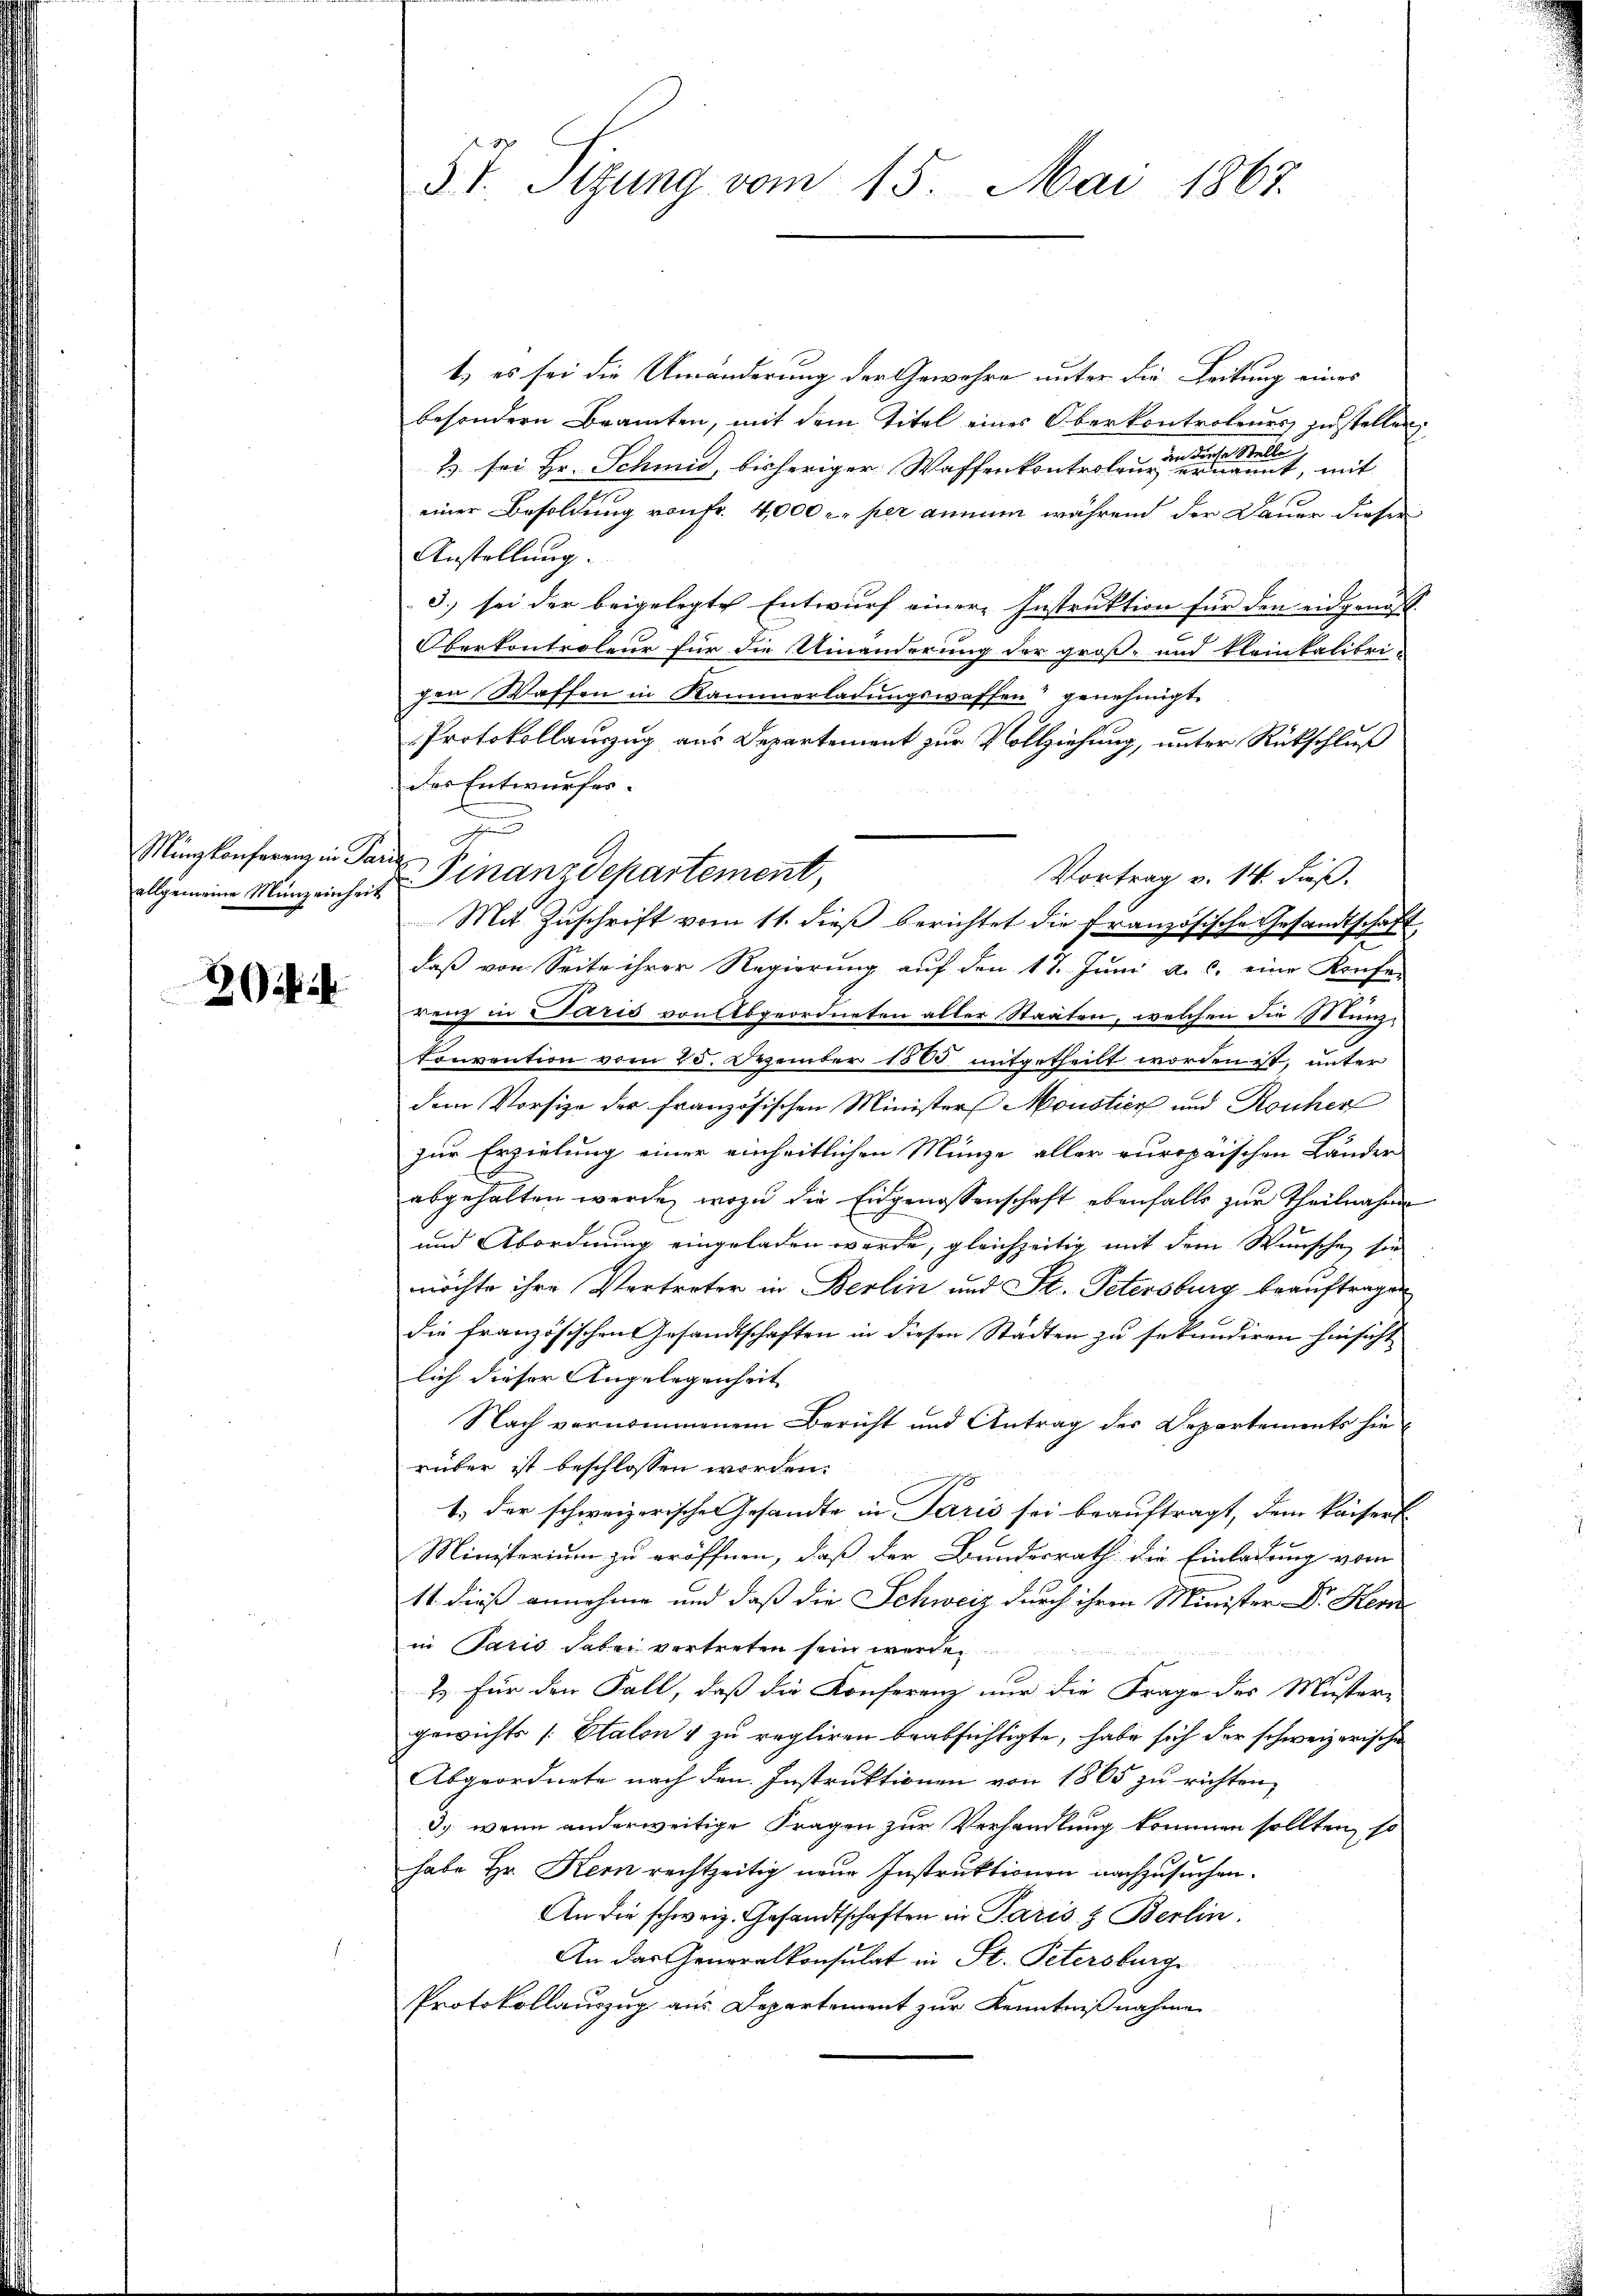
allgemeine Münz einheit

2

57. Sizung vom 15. Mai 1867.

t) es sei die Umänderung der Gewahre unter die Leitung eines
besondern Beamten, mit dem Titel eines Oberkontrolenes zustellen
2 sei Hr. Schmid, bisheriger Waffenkontroleur eine eine er einer einen mit
einer Besoldung von Fr. 4,000 r. per annum während der Dauer dieses
Anstellung.
3.) sei der beigelegte Entwurf einer Instruktion für den eidgenöss.
Oberkontroleur für die Umänderung der groß- und kleinkalibripen Waffen in Kammerladungswaffen" genehmigt.
Protokollauszug aus Departement zur Vollziehung, unter Rückschluß
des Entwurfes.
Mit Zŭschrift vom 11. dieβ berichtet die Französische Gesandtschaft
daß von Seite ihrer Regierung auf den 17. Juni a. c. eine Konfe-
renz in Paris von Abgeordneten aller Staaten, welchen die Münz¬
Convention vom 25. Dezember 1885 mitgetheilt worden ist, unter
dem Vorsize der französischen Minister Monstier und Rauher
zur Erzielung einer einheitlichen Münze aller europäischen Länder
abgehalten werde, wozu die Eidgenossenschaft ebenfalls zur Theilnahme
und Abordnung eingeladen werde, gleichzeitig mit dem Wunschen sie
möchte ihre Vertreter in Berlin und St. Petersburg beauftragen
die französischen Gesandtschaften in diesen Städten zu sekundiren hinsicht
lich dieser Angelegenheit
Nach vernommenem Bericht und Antrag des Departements hierüber ist beschlossen worden.
9
1.) der schweizerische Gesandte in Paris sei beauftragt, dem kaiserl
Ministerium zu eröffnen, daß der Bundesrath die Einladung vom
11 dieß annehme und daß die Schweiz durch ihren Minister Dr. Her
in Paris dabei vertreten sein werde.
1. Für den Fall, daß die Konferenz nur die Frage des Muster-
gewichts [Etalon & zu regliren beabsichtigte, habe sich der schweizerische
Abgeordnete nach den Instruktionen von 1865 zu richten,
3.) wenn anderweitige Fragen zur Verhandlung kommen sollten, so
habe Hr. Kern rechtzeitig neue Instruktionen nachzusuchen.
An die schweiz. Gesandtschaften in Paris & Berlin.
An das Generalkonsulat in St. Petersburge
Protokollauszug aus Departement zur Kenntnißnahme

1
Mingkonferenz in Par Finanzdepartement,

Vortrag v. 14. dieß.